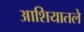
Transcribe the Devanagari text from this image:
आशियातले